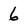
Character: 6